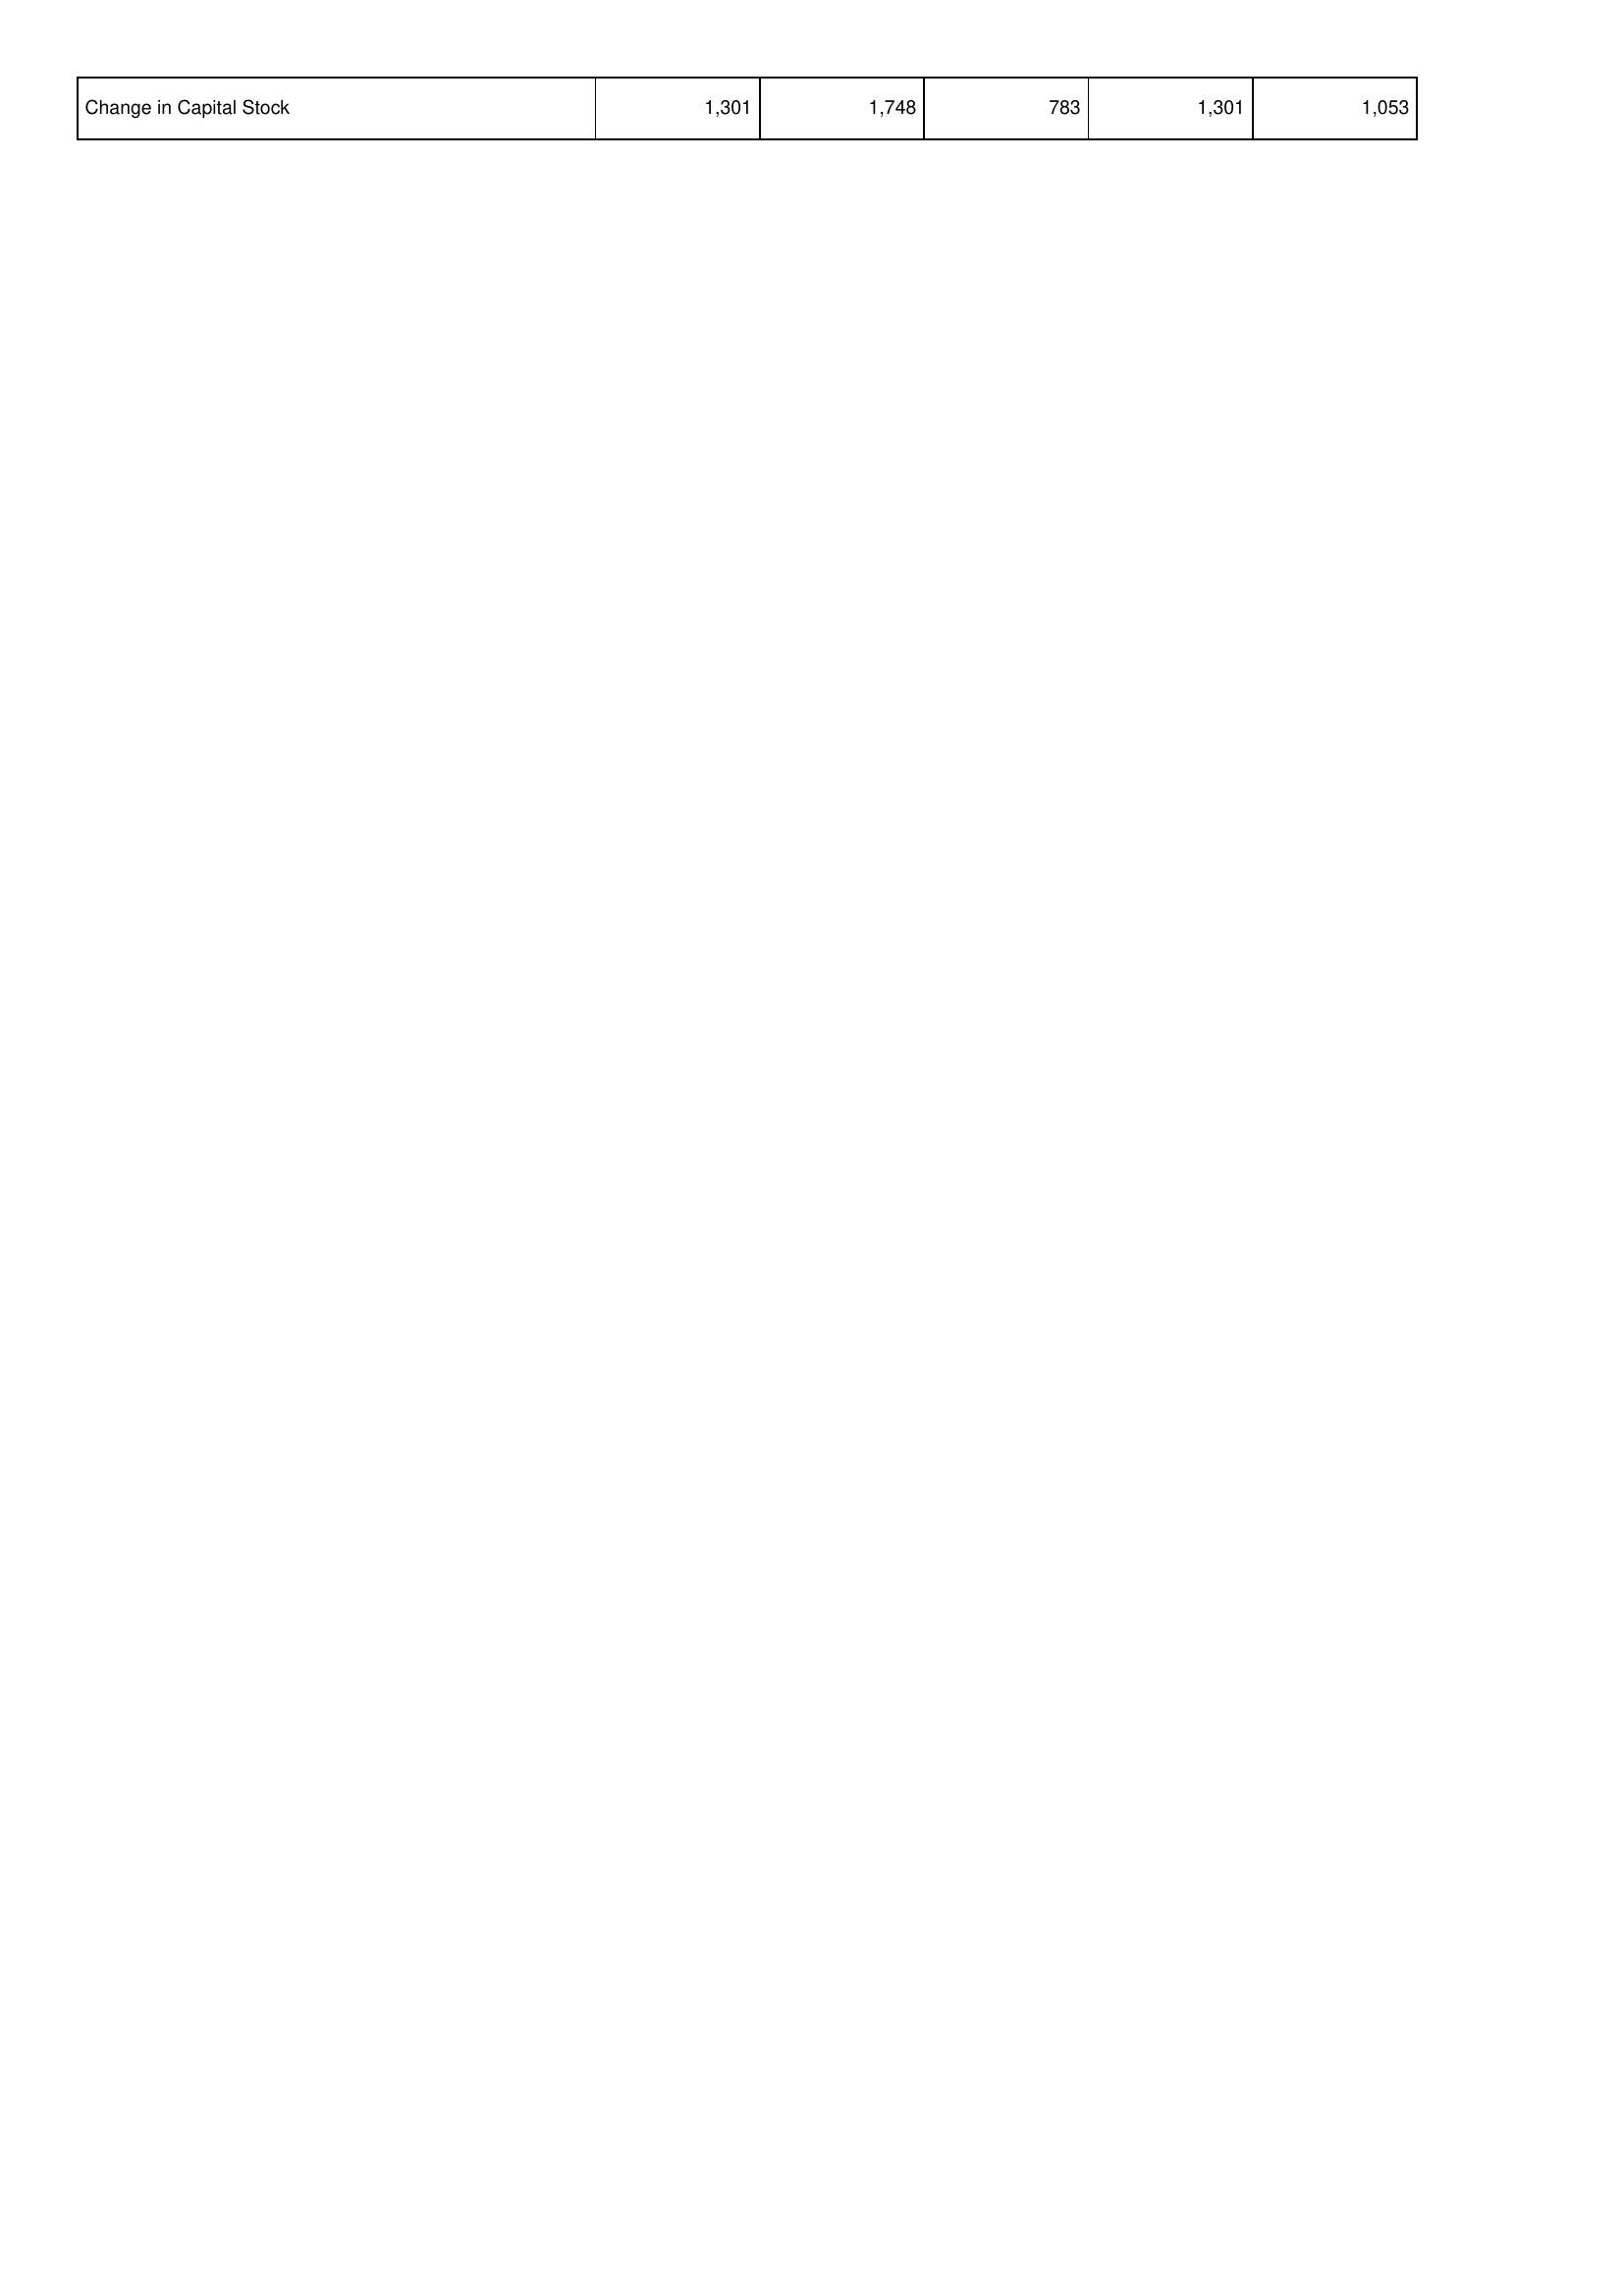
2010: Financing Activities: Change in Capital Stock: 1,301
2011: Financing Activities: Change in Capital Stock: 1,748
2012: Financing Activities: Change in Capital Stock: 783
2013: Financing Activities: Change in Capital Stock: 1,301
2014: Financing Activities: Change in Capital Stock: 1,053